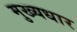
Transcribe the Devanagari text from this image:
मुख्यधार